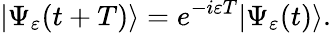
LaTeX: |\Psi_{\varepsilon}(t+T)\rangle=e^{-i\varepsilon T}|\Psi_{\varepsilon}(t)\rangle.